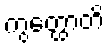
ကွတ္ထောတိ